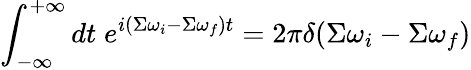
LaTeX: \int_{-\infty}^{+\infty}dt\; e^{i(\Sigma\omega_{i}-\Sigma\omega_{f})t}=2\pi\delta(\Sigma\omega_{i}-\Sigma\omega_{f})